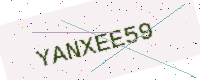
Text: YANXEE59